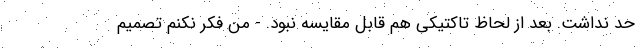
حد نداشت. بعد از لحاظ تاکتیکی هم قابل مقایسه نبود. - من فکر نکنم تصمیم